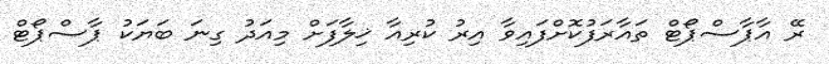
ރޭ އާޕާސްޕޯޓް ތައާރަފުކޮށްފައިވާ އިރު ކުރިއާ ޚިލާފަށް މިއަދު ގިނަ ބަޔަކު ޕާސްޕޯޓް